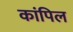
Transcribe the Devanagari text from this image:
कांपिल